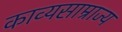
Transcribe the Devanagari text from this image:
काव्यसाम्राज्य